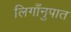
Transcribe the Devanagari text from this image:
लिगाँनुपात